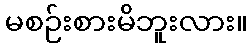
မစဉ်းစားမိဘူးလား။